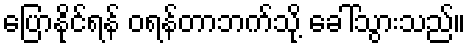
ပြောနိုင်ရန် ဝရန်တာဘက်သို့ ခေါ်သွားသည်။